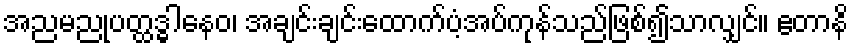
အညမညုပတ္ထဒ္ဓါနေဝ၊ အချင်းချင်းထောက်ပံ့အပ်ကုန်သည်ဖြစ်၍သာလျှင်။ ဧတာနိ